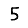
Digit: 5